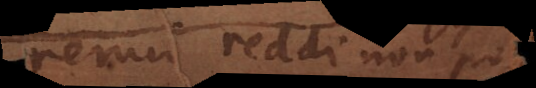
rerum reddi non posset.